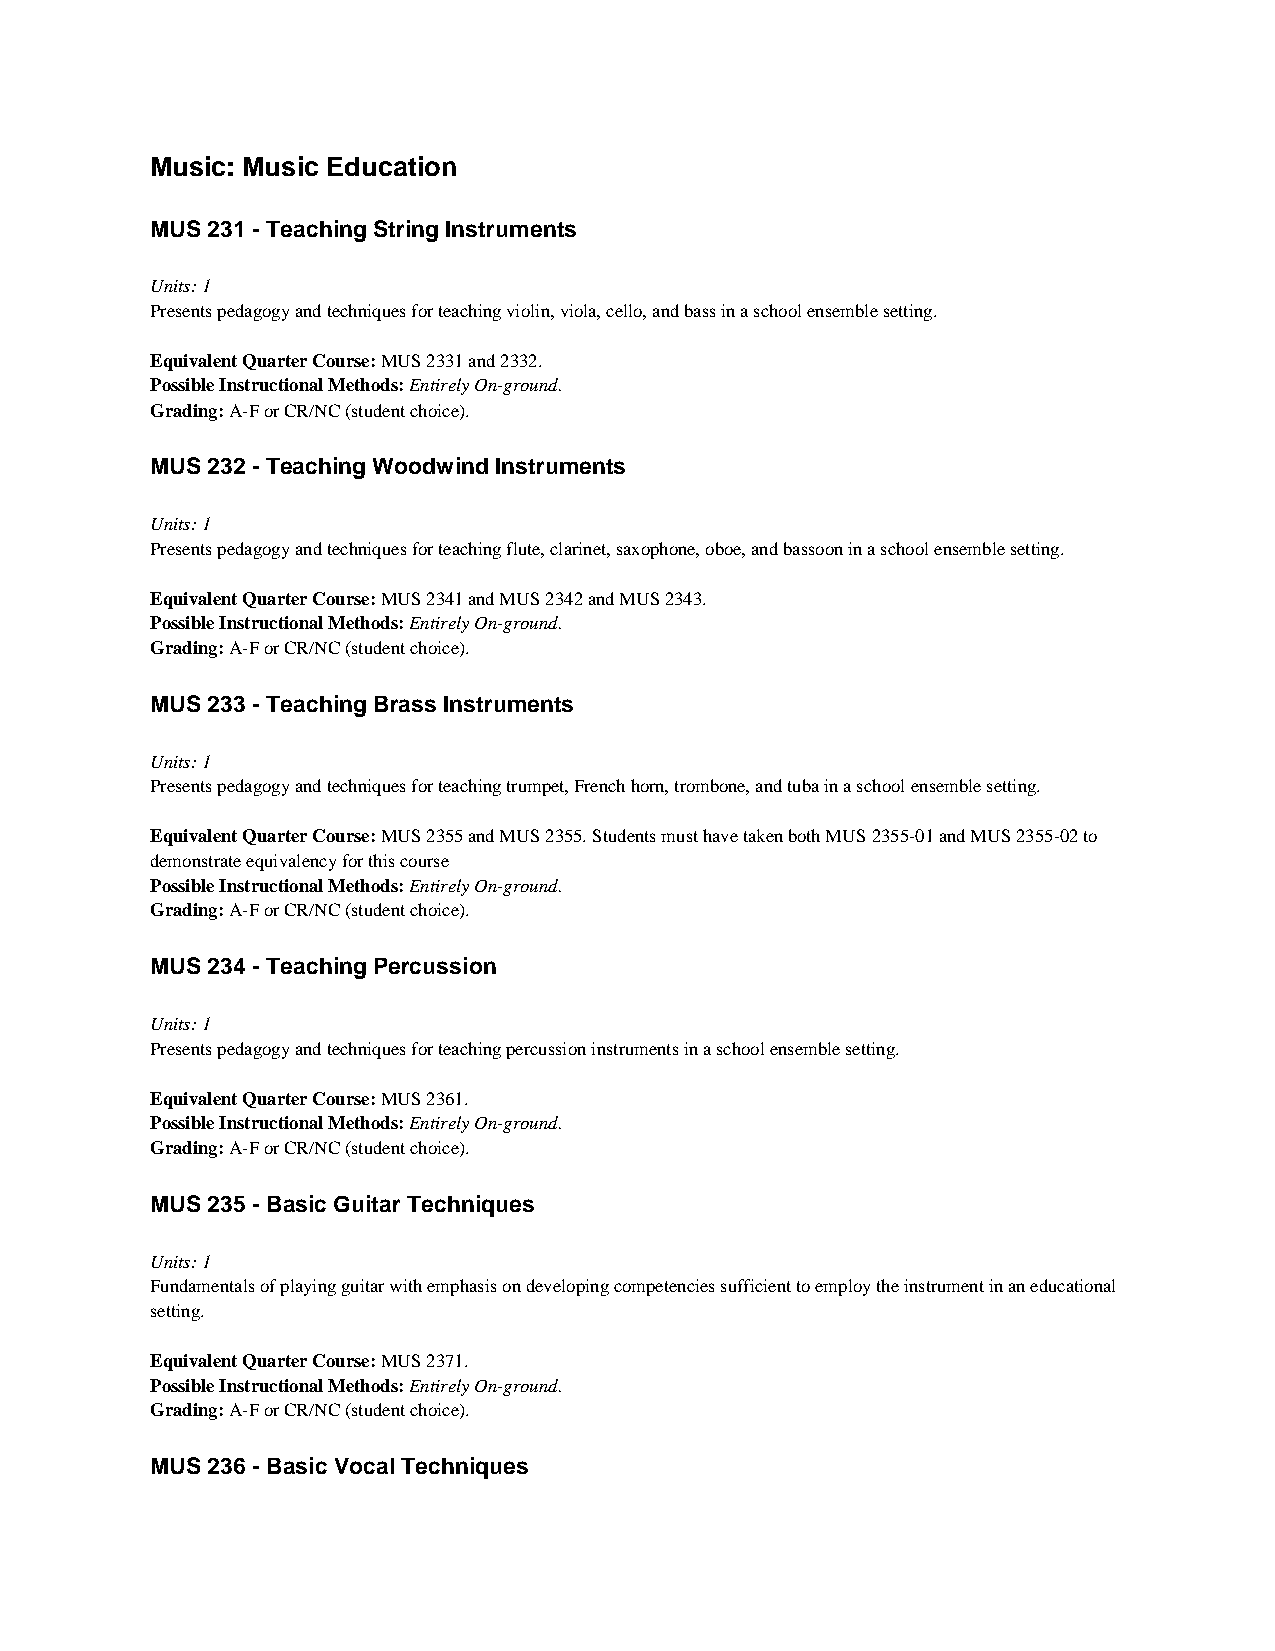
Music: Music Education
 MUS 231 - Teaching String Instruments
 Units: 1
 Presents pedagogy and techniques for teaching violin, viola, cello, and bass in a school ensemble setting.
 Equivalent Quarter Course: MUS 2331 and 2332.
 Possible Instructional Methods: Entirely On-ground.
 Grading: A-F or CR/NC (student choice).
 MUS 232 - Teaching Woodwind Instruments
 Units: 1
 Presents pedagogy and techniques for teaching flute, clarinet, saxophone, oboe, and bassoon in a school ensemble setting.
 Equivalent Quarter Course: MUS 2341 and MUS 2342 and MUS 2343.
 Possible Instructional Methods: Entirely On-ground.
 Grading: A-F or CR/NC (student choice).
 MUS 233 - Teaching Brass Instruments
 Units: 1
 Presents pedagogy and techniques for teaching trumpet, French horn, trombone, and tuba in a school ensemble setting.
 Equivalent Quarter Course: MUS 2355 and MUS 2355. Students must have taken both MUS 2355-01 and MUS 2355-02 to
 demonstrate equivalency for this course
 Possible Instructional Methods: Entirely On-ground.
 Grading: A-F or CR/NC (student choice).
 MUS 234 - Teaching Percussion
 Units: 1
 Presents pedagogy and techniques for teaching percussion instruments in a school ensemble setting.
 Equivalent Quarter Course: MUS 2361.
 Possible Instructional Methods: Entirely On-ground.
 Grading: A-F or CR/NC (student choice).
 MUS 235 - Basic Guitar Techniques
 Units: 1
 Fundamentals of playing guitar with emphasis on developing competencies sufficient to employ the instrument in an educational
 setting.
 Equivalent Quarter Course: MUS 2371.
 Possible Instructional Methods: Entirely On-ground.
 Grading: A-F or CR/NC (student choice).
 MUS 236 - Basic Vocal Techniques